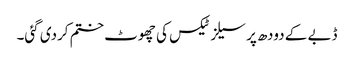
ڈبے کے دودھ پر سیلز ٹیکس کی چھوٹ ختم کردی گئی۔